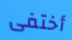
أختفى